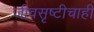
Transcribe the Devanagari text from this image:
जीवसृष्टीचाही